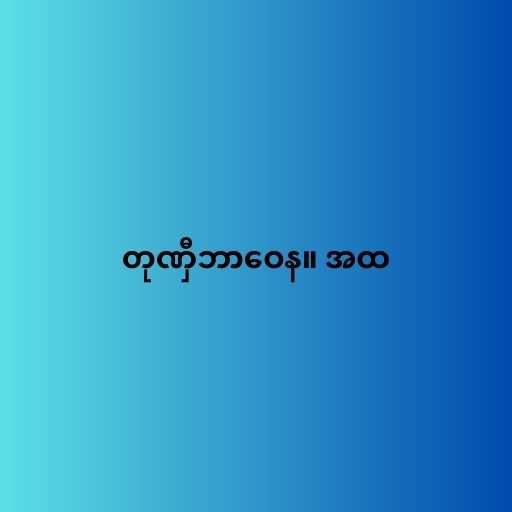
တုဏှီဘာဝေန။ အထ